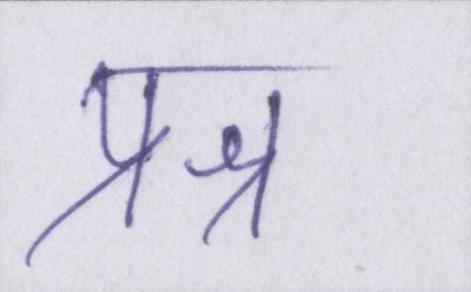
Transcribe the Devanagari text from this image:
प्रश्न